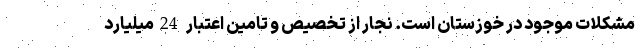
مشکلات موجود در خوزستان است. نجار از تخصیص و تامین اعتبار 24میلیارد